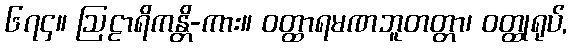
၆၇၄။ ဩဠာရိကန္တိ-ကား။ ဝတ္ထာရမဏဘူတတ္တာ၊ ဝတ္ထုရုပ်,